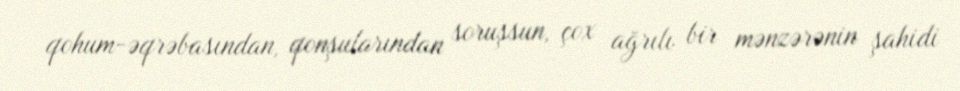
qohum-əqrəbasından, qonşularından soruşsun, çox ağrılı bir mənzərənin şahidi